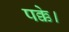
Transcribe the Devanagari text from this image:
पक्के।